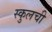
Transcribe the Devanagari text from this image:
स्कुलची